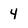
Character: 4